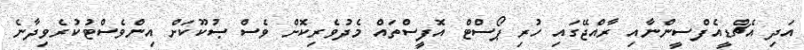
އަދި އެޗްޑީއެފްސީންނާއި ރާއްޖޭގައި ހުރި ޕޯސްޓް އޮފީސްތައް މެދުވެރިކޮށް ވެސް ޞުކޫކަށް އިންވެސްޓުކުރެވިދާނެ